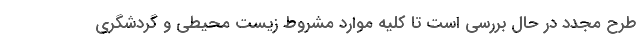
طرح مجدد در حال بررسی است تا کلیه موارد مشروط زیست محیطی و گردشگری